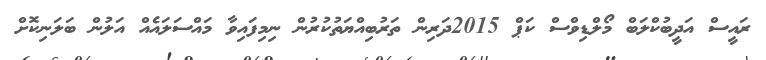
ރައީސް އަދީބުކްލަބް މޯލްޑިވްސް ކަޕް 2015ދަރިން ތަރުބިއްޔަތުކުރުން ނިމިފައިވާ މައްސަލައެއް އަލުން ބަލަނިކޮށް